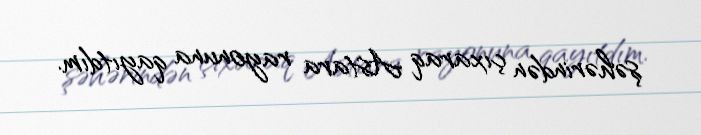
şəhərindən çıxaraq Astara rayonuna qayıtdım.